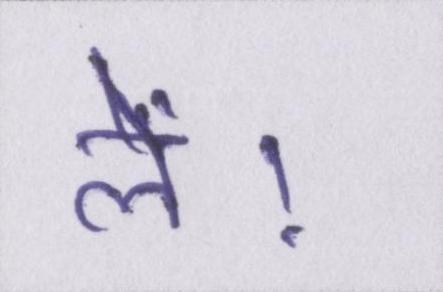
लें।